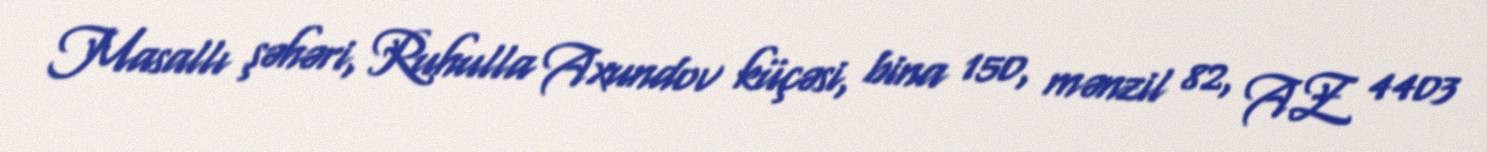
Masallı şəhəri, Ruhulla Axundov küçəsi, bina 150, mənzil 82, AZ 4403